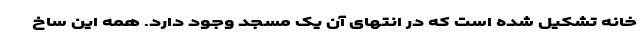
خانه تشکیل شده است که در انتهای آن یک مسجد وجود دارد. همه این ساخ